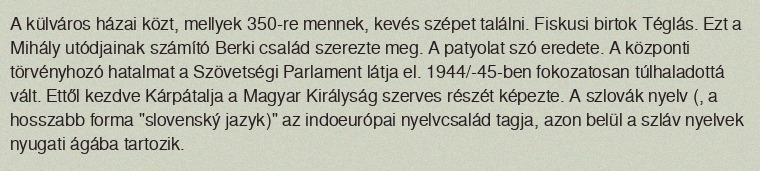
A külváros házai közt, mellyek 350-re mennek, kevés szépet találni. Fiskusi birtok Téglás. Ezt a Mihály utódjainak számító Berki család szerezte meg. A patyolat szó eredete. A központi törvényhozó hatalmat a Szövetségi Parlament látja el. 1944/-45-ben fokozatosan túlhaladottá vált. Ettől kezdve Kárpátalja a Magyar Királyság szerves részét képezte. A szlovák nyelv (, a hosszabb forma "slovenský jazyk)" az indoeurópai nyelvcsalád tagja, azon belül a szláv nyelvek nyugati ágába tartozik.